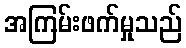
အကြမ်းဖက်မှုသည်